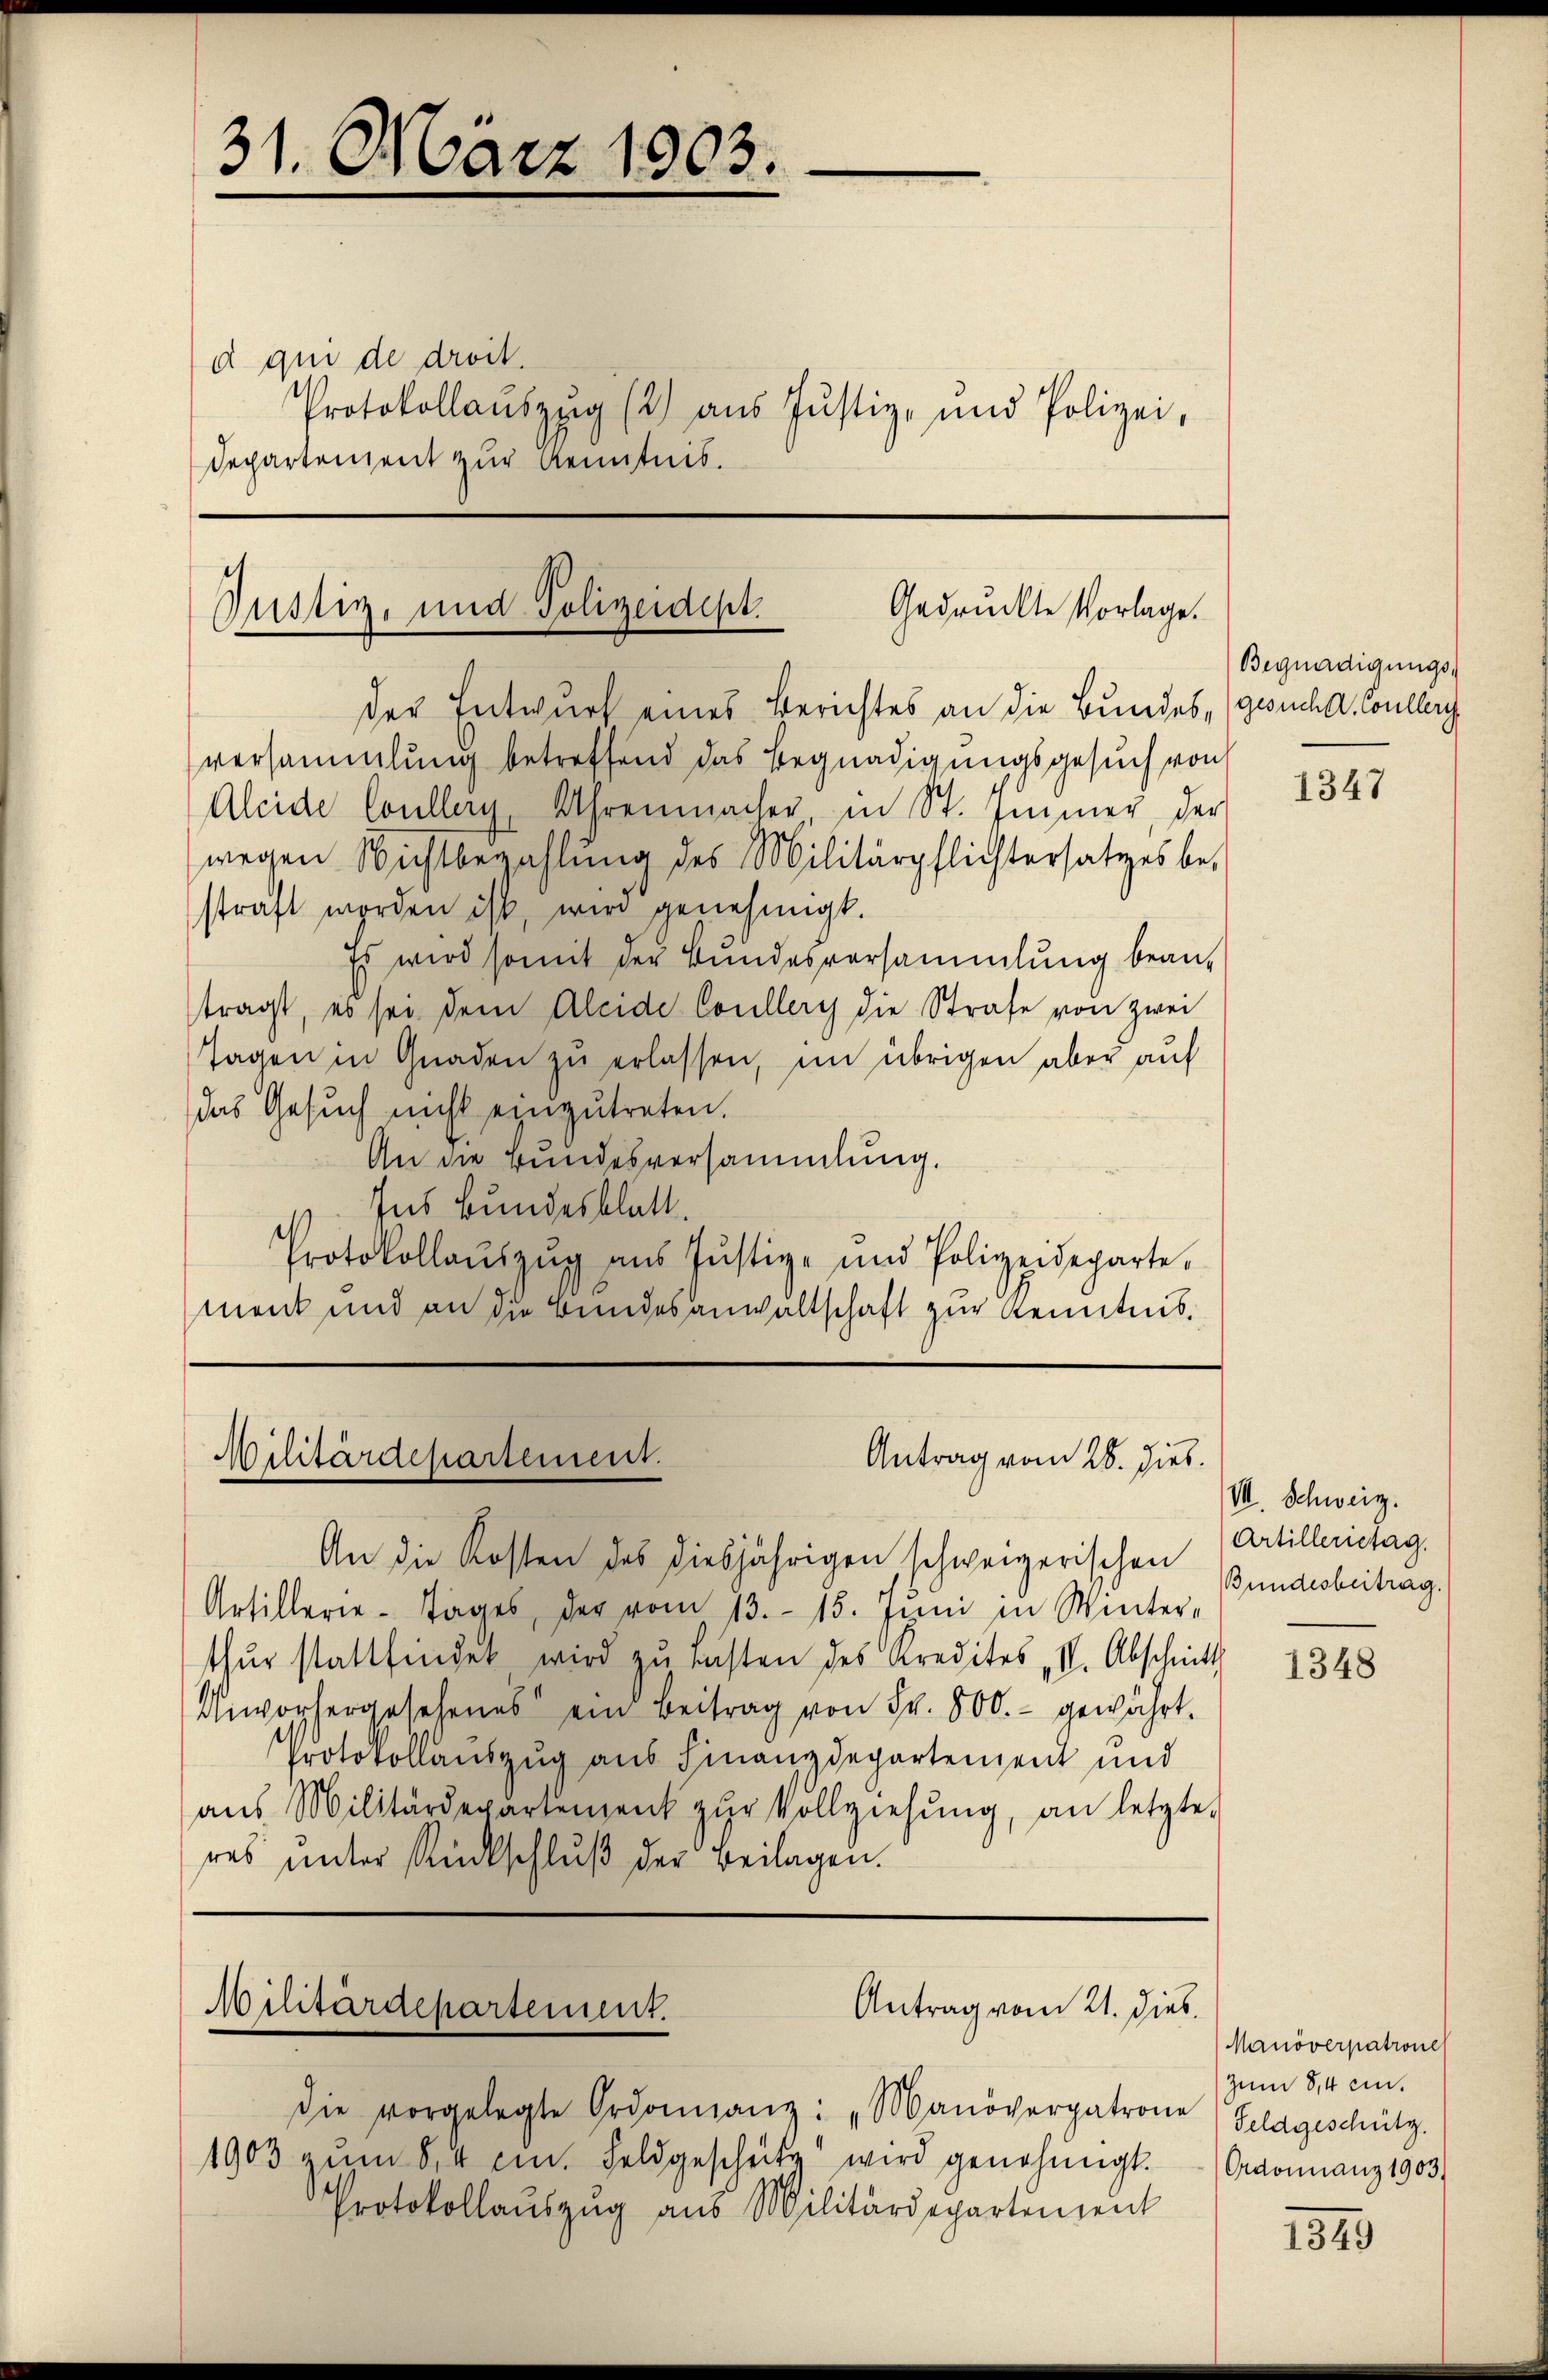
31. März 1903.

d qui de droit.
Protokollauszug (2) aus Justiz- und Polizei,
Departement zur Kenntnis.

Gedruckte Vorlage.
Justiz, und Polizeidept.

Militärdepartement.
Antrag vom 28. hies.

Militärdepartement.

der Entwurf eines Berichtes an die Bundes, gesuch d. Conclus
versammlung betreffend das Begnadigungsgesuch von
Aleide Colleg, Uhrenmacher in St. Immer, der
wegen Nichtbezahlung des Militärpflichtersatzes be-
straft worden ist, wird genehmigt.
Es wird somit der Bundesversammlung bean-
tragt, es sei dem Aleide Coullery die Strafe von zwei
Tagen in Gnaden zu erlassen, im übrigen aber auf
das Gesuch nicht einzŭtreten.
An die Bundesversammlung
Ins Bundesblatt.
Protokollaŭszŭg ans Justiz- und Polizeideparte,
ment und an die Bundesanwaltschaft zur Kenntnis.

Antrag vom 21. dieb.

die vorgelegte Ordonnanz: „Manöverpatrone Feldgeschütz.
1903 zum S. 4 cm Feldgescheite wird genehmigt.
Protokollauszug aus Militärdepartement

An die Kosten des diesjährigen schweizerischen Bundesbeitrag,
Artillerie-Tages der vom 13. 15. Jŭni in Winter-
thŭr stattfindet wird zŭ lasten des Kredites II. Abschnitt
Unvorhergesehenes ein Beitrag von Fr. 800.- gewährt.
Protokollauszug aus Finanzdepartement und
aŭs Militärdepartement zŭr Vollziehŭng, an letzte
res unter Rückschluß der Beilagen.

Begnadigungs-

1347

VII. Schweiz.
Artillerietag.

1348

Manöverpatrone
Zum 8,4 cm.
Ordonnanz 1903)

1310